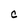
Character: C